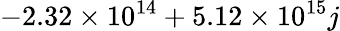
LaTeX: -2.32\times 10^{14}+5.12\times 10^{15}j